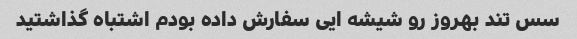
سس تند بهروز رو شیشه ایی سفارش داده بودم اشتباه گذاشتید